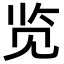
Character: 览